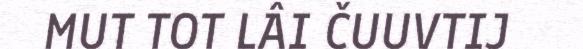
MUT TOT LÂI ČUUVTIJ